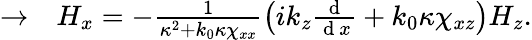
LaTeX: \begin{array}{rl}{\rightarrow}&{{}H_{x}=-\frac{1}{\kappa^{2}+k_{0}\kappa\chi_{xx}}\left(ik_{z}\frac{\mathrm{~d~}}{\mathrm{~d~}x}+k_{0}\kappa\chi_{xz}\right)H_{z}.}\end{array}